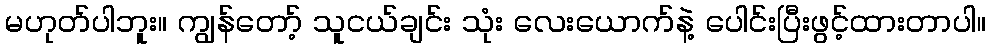
မဟုတ်ပါဘူး။ ကျွန်တော့် သူငယ်ချင်း သုံး လေးယောက်နဲ့ ပေါင်းပြီးဖွင့်ထားတာပါ။